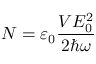
N = \varepsilon _ { 0 } \frac { { \cal { V } } E _ { 0 } ^ { 2 } } { 2 \hbar \omega }